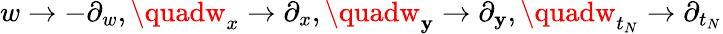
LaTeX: w\to-\partial_{w},\quadw_{x}\to\partial_{x},\quadw_{\mathbf{y}}\to\partial_{\mathbf{y}},\quadw_{t_{N}}\to\partial_{t_{N}}